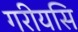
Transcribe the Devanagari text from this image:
गरीयसि